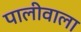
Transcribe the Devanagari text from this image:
पालीवाला